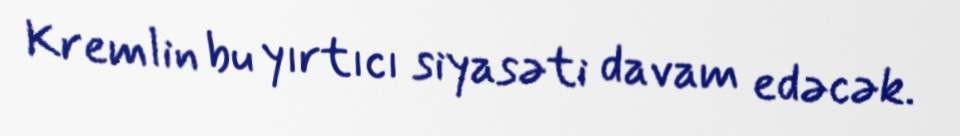
Kremlin bu yırtıcı siyasəti davam edəcək.